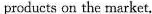
products on the market,